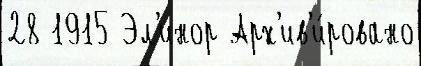
28 1915 Эл'инор Арх'ив'и́ровано